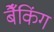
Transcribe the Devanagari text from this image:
बैँकिंग